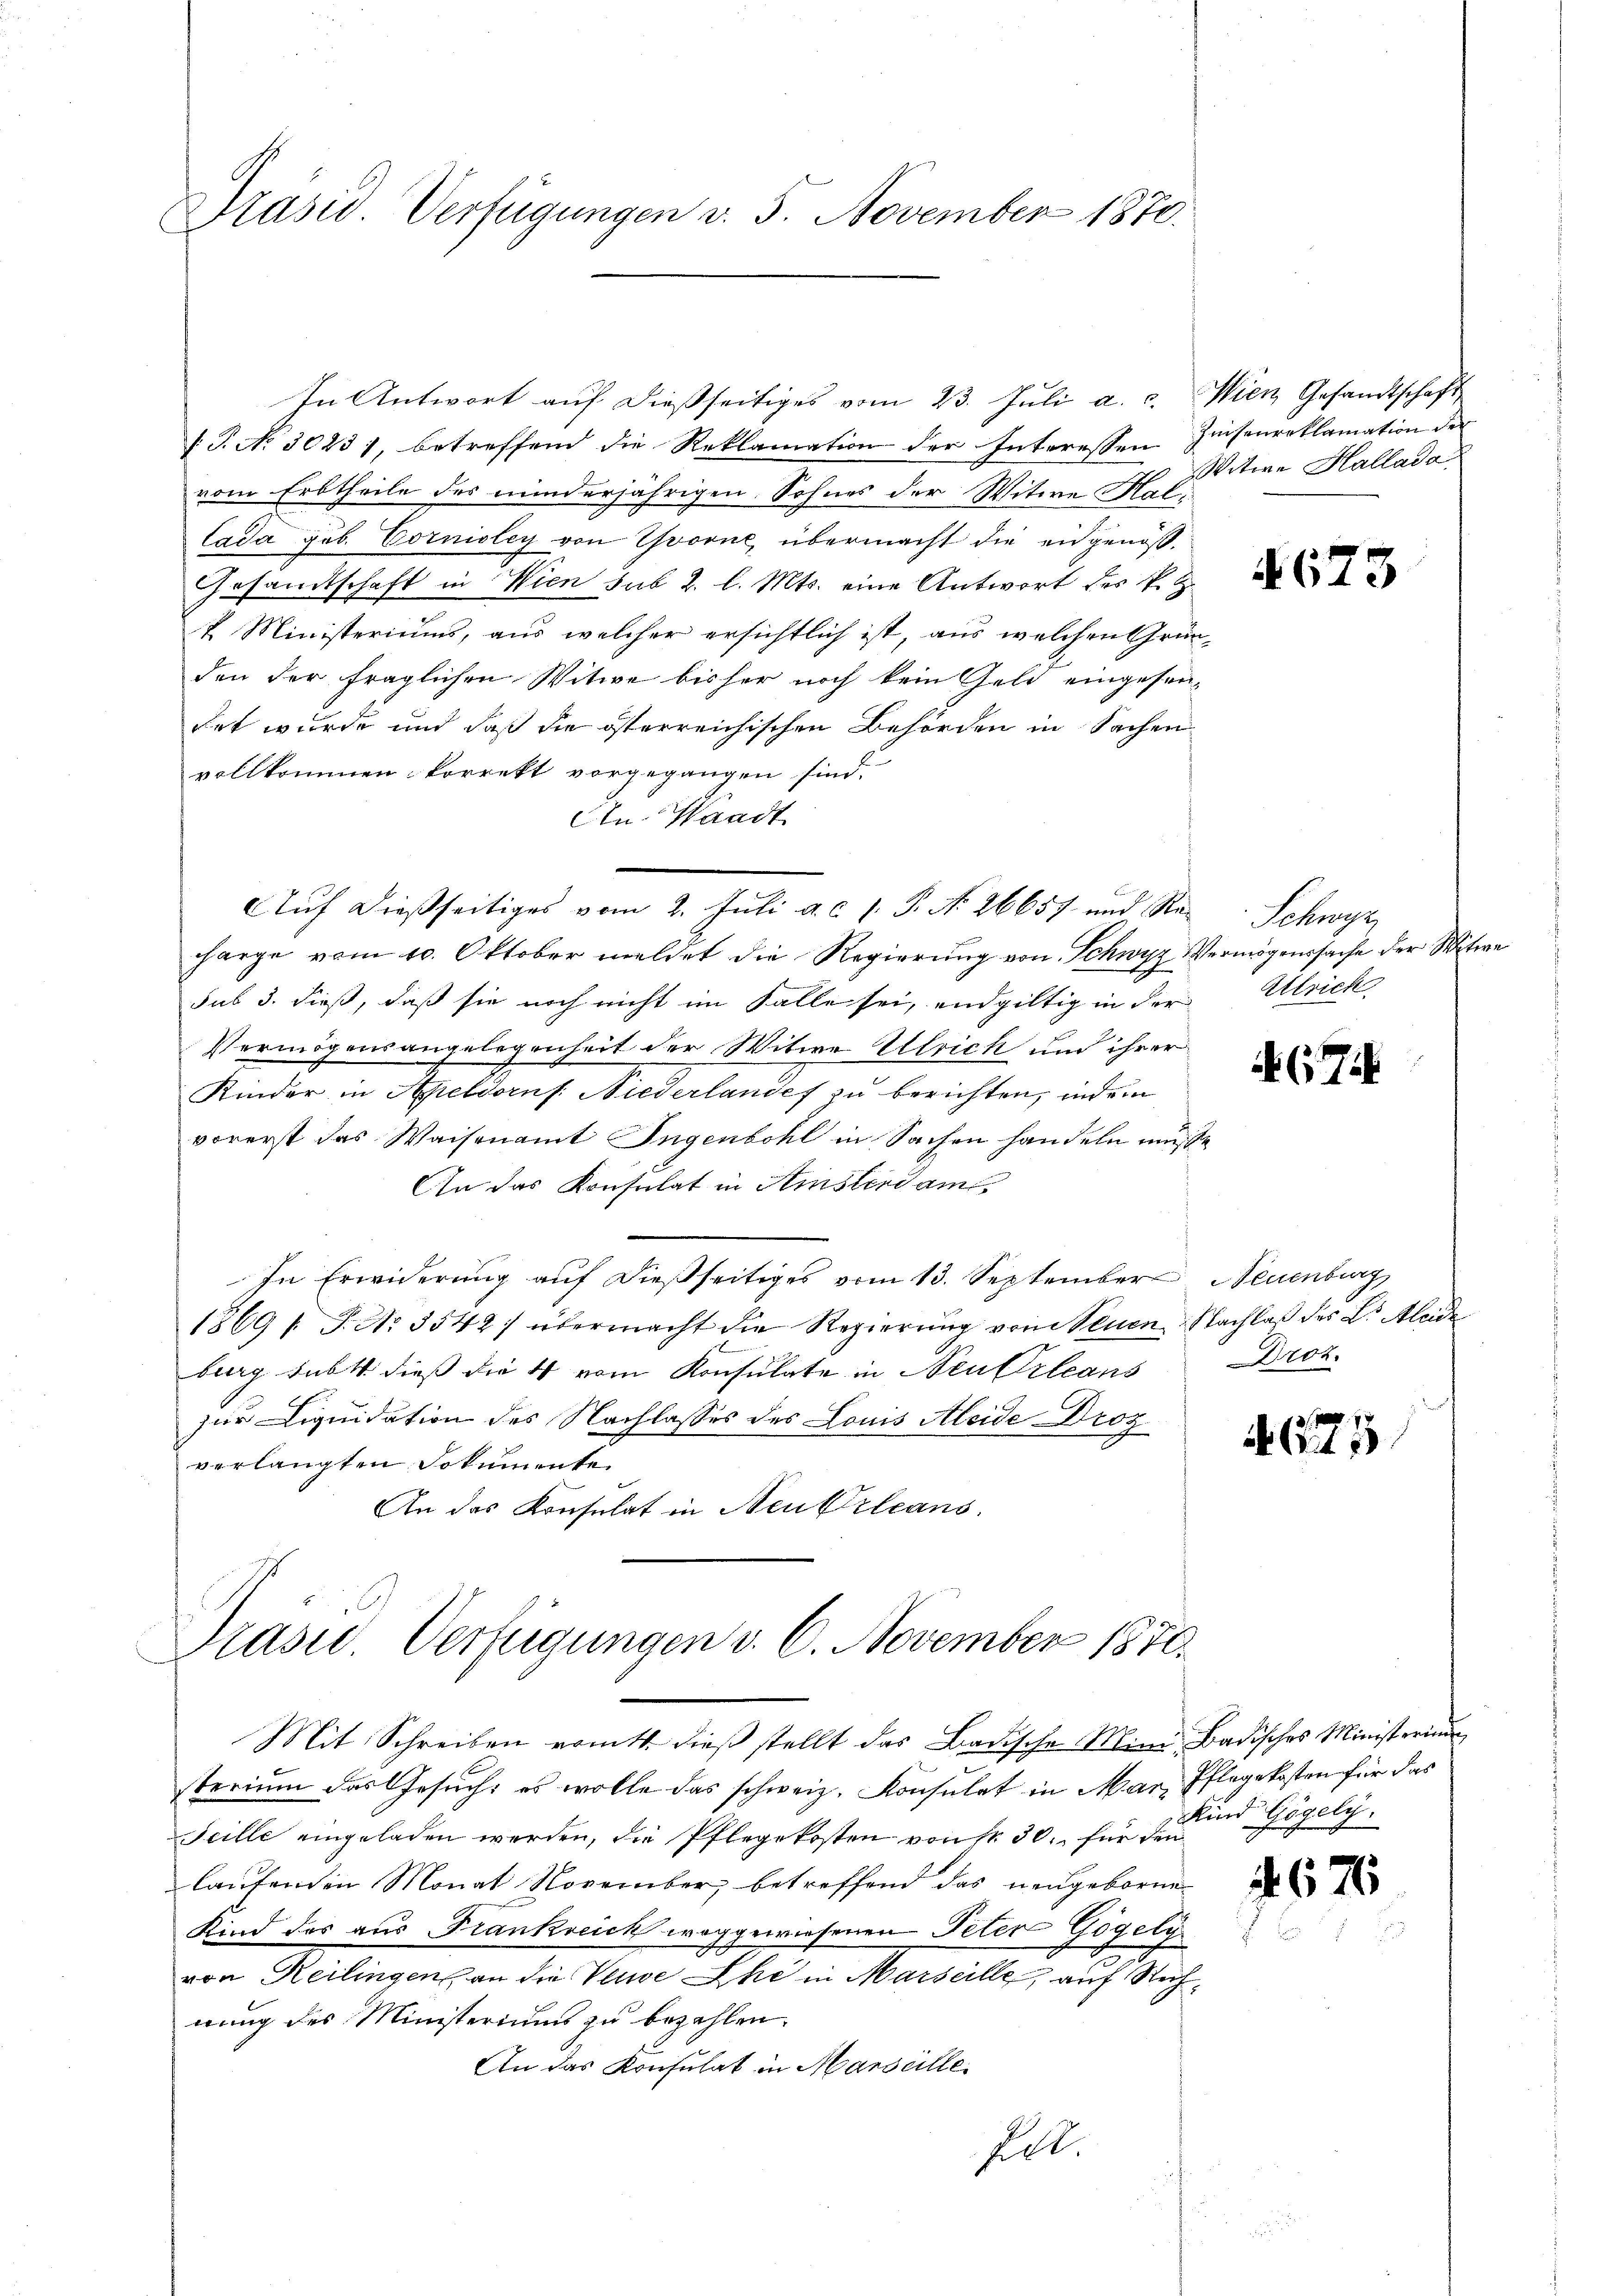
Präsid. Verfügungen v. 5. November 1870.

In Antwort aŭf dießseitiges vom 23. Jŭli a. c. Wien Gesandtschaft

[T. No. 30231, betreffend die Reklamation der Interessen Zinsenreklamation der
vom Erbtheile des minderjährigen Sohnes der Witwe Hal¬
Cada Job. Cornioley von Yvorne, übermacht die eidgenöß¬
Gesamtschaft in Wien sub 2. l. Mts. eine Antwort des P. R.
x Ministeriums, aus welcher ersichtlich ist, aus welchen Grün-
den der fraglichen Witwe bisher noch kein Geld eingesen-
det wurde und daß die österreichischen Behörden in Sachen
vollkommen korrekt vorgegangen sind.
An Waadt
Auf dießseitiges vom 2. Juli a.c. s. S. No. 26657 und Reharge vom 10. Oktober meldet die Regierung von Schwyz Vermögenssache der Witwe
sub 3. dieß, daß sie noch nicht im Falle sei, endgültig in der
Vermögensangelegenheit der Witwe Ulrich und ihrer
Kinder in Apeldorns. Niederlandes zu berichten, indem
vorerst das Waisenamt Ingenbohl in Sachen handeln müsse
n das Konsulat in Amsterdam
In Erwiderŭng aŭf dießseitiges vom 13. September Neuenburg
1869 s. S. N. 3542) übermacht die Regierŭng von Neuen Nachlaβ des L. Mlade
burg subt dieß die 4 vom Konsulate in Neukrleans
zur Liquidation des Nachlasses des Louis Aleide Droz
verlangten Dokumente
An das Konsulat in Neukrleans

Präsid. Verfügungen v. 6. November 1870.

Mit Schreiben vomtt. dieß stellt das Badische Mini Badisches Ministerium
sterium das Gesuch, es wolle das schweiz. Konsulat in Man, Pflegekosten für das
Scille eingeladen werden, die Pflegekosten von Nr. 30. für den
laufenden Monat November, betreffend das neugeborne
Kind des aus Frankreich weggewiesenen Peter Gögely
von Heilingens an die Verwe Ehe in Marseille, auf Rechwung des Ministeriums zu bezahlen.
An das Konsulat in Marseille.
fll.

Witwe Hallada

63

Schwyz
Alrich

467

3

Droz.

4675

Kind Gögely.

676